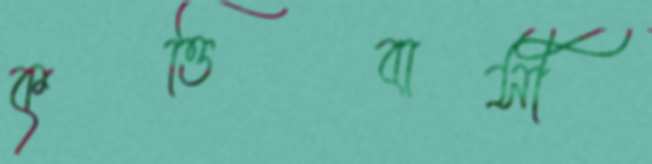
কৃত্তিবাসী